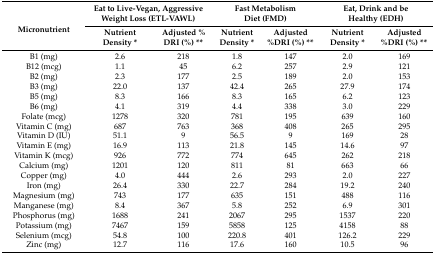
| <ROWSPAN=2> Micronutrient | <COLSPAN=2> Eat to Live-Vegan, Aggressive Weight Loss (ETL-VAWL) | <COLSPAN=2> Fast Metabolism Diet (FMD) | <COLSPAN=2> Eat, Drink and be Healthy (EDH) |
 | Nutrient Density * | Adjusted % DRI (%) ** | Nutrient Density * | Adjusted %DRI (%) ** | Nutrient Density * | Adjusted %DRI (%) ** |
 | --- | --- | --- | --- | --- | --- | --- |
 | B1 (mg) | 2.6 | 218 | 1.8 | 147 | 2.0 | 169 |
 | B12 (mcg) | 1.1 | 45 | 6.2 | 257 | 2.9 | 121 |
 | B2 (mg) | 2.3 | 177 | 2.5 | 189 | 2.0 | 153 |
 | B3 (mg) | 22.0 | 137 | 42.4 | 265 | 27.9 | 174 |
 | B5 (mg) | 8.3 | 166 | 8.3 | 165 | 6.2 | 123 |
 | B6 (mg) | 4.1 | 319 | 4.4 | 338 | 3.0 | 229 |
 | Folate (mcg) | 1278 | 320 | 781 | 195 | 639 | 160 |
 | Vitamin C (mg) | 687 | 763 | 368 | 408 | 265 | 295 |
 | Vitamin D (IU) | 51.1 | 9 | 56.5 | 9 | 169 | 28 |
 | Vitamin E (mg) | 16.9 | 113 | 21.8 | 145 | 14.6 | 97 |
 | Vitamin K (mcg) | 926 | 772 | 774 | 645 | 262 | 218 |
 | Calcium (mg) | 1201 | 120 | 811 | 81 | 663 | 66 |
 | Copper (mg) | 4.0 | 444 | 2.6 | 293 | 2.0 | 227 |
 | Iron (mg) | 26.4 | 330 | 22.7 | 284 | 19.2 | 240 |
 | Magnesium (mg) | 743 | 177 | 635 | 151 | 488 | 116 |
 | Manganese (mg) | 8.4 | 367 | 5.8 | 252 | 6.9 | 301 |
 | Phosphorus (mg) | 1688 | 241 | 2067 | 295 | 1537 | 220 |
 | Potassium (mg) | 7467 | 159 | 5858 | 125 | 4158 | 88 |
 | Selenium (mcg) | 54.8 | 100 | 220.8 | 401 | 126.2 | 229 |
 | Zinc (mg) | 12.7 | 116 | 17.6 | 160 | 10.5 | 96 |